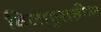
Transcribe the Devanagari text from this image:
विजापुरातील